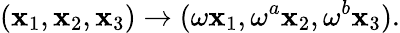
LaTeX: (\mathbf{x}_{1},\mathbf{x}_{2},\mathbf{x}_{3})\rightarrow(\omega\mathbf{x}_{1},\omega^{a}\mathbf{x}_{2},\omega^{b}\mathbf{x}_{3}).